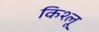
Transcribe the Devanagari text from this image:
किश्लू